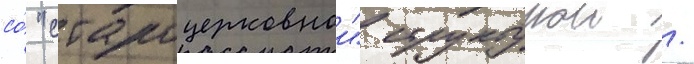
со́ "староцерковнои" структурои /